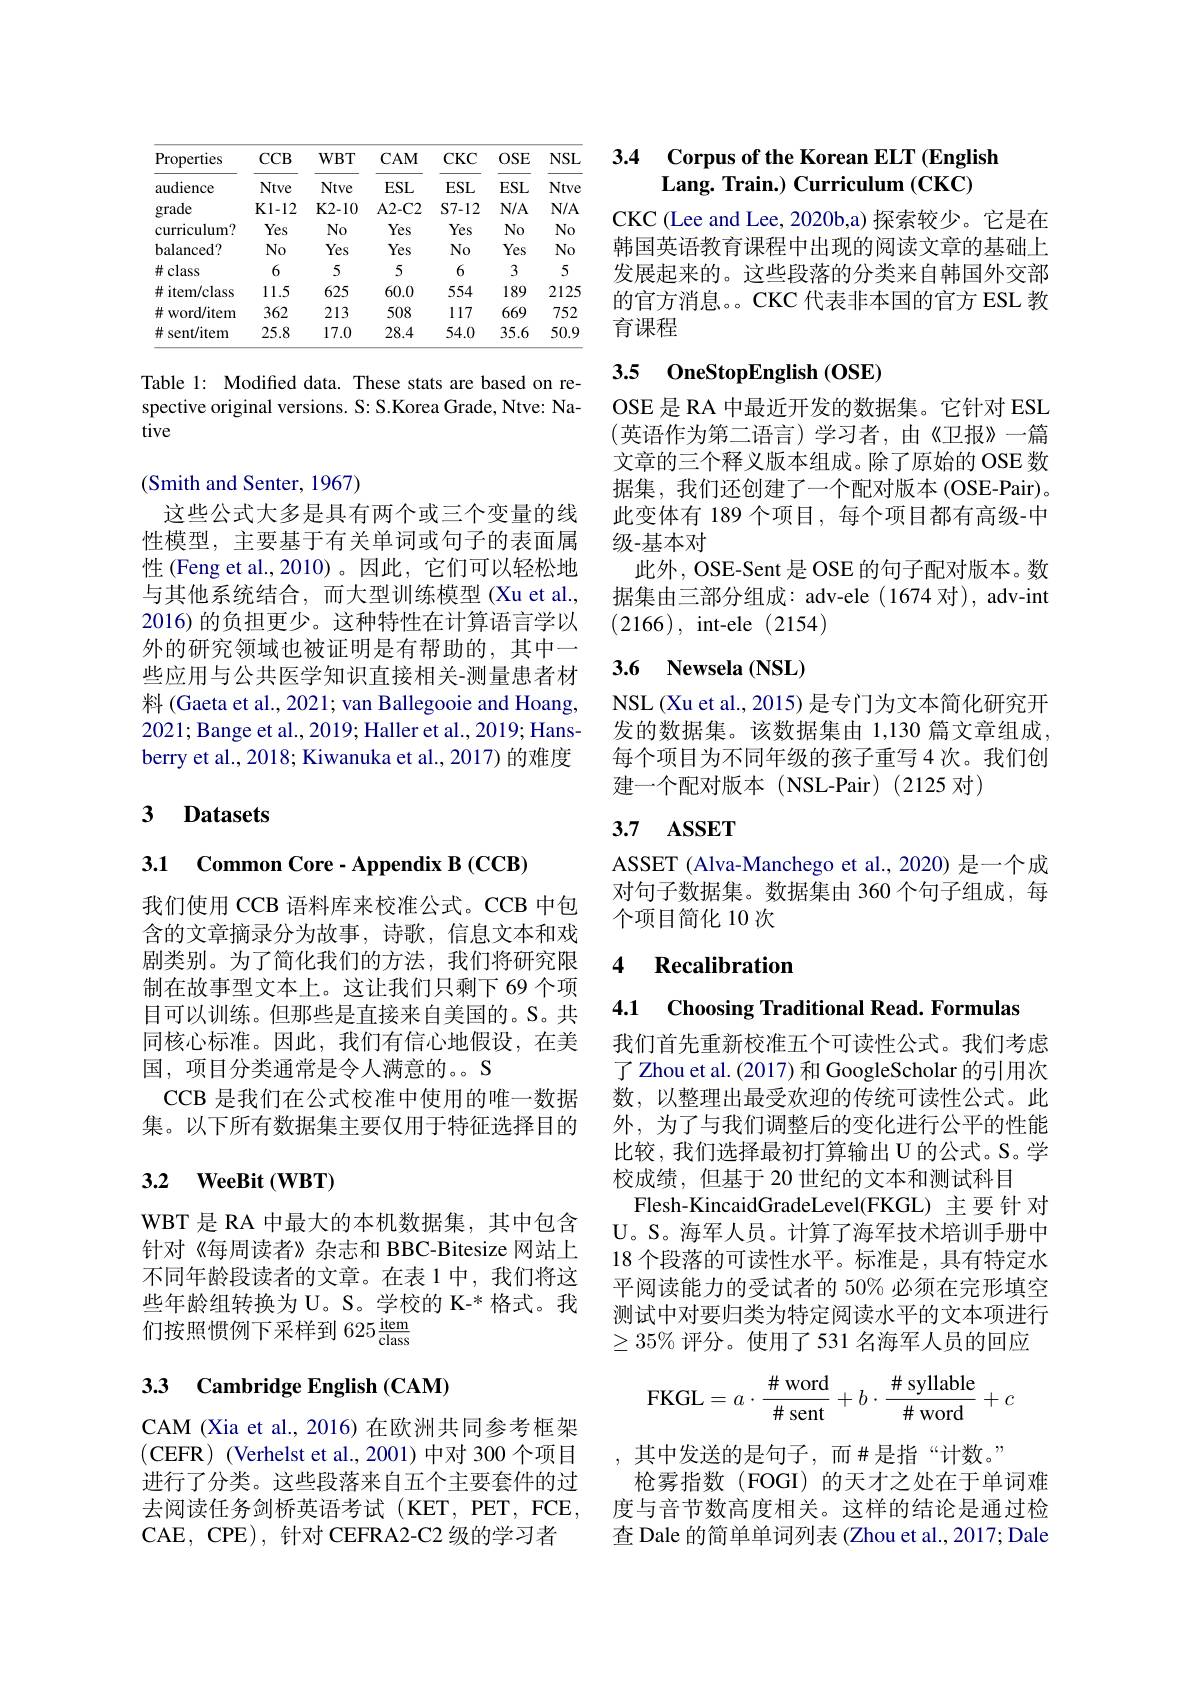
<table>
	<tbody>
		<tr>
			<th>Properties</th>
			<th>$CCB$</th>
			<th>$WBT$</th>
			<th>$CAM$</th>
			<th>$CKC$</th>
			<th>$OSE$</th>
			<th>$NSL$</th>
		</tr>
		<tr>
			<td>audience</td>
			<td>Ntve</td>
			<td>Ntve</td>
			<td>$ESL$</td>
			<td>$ESL$</td>
			<td>ESL</td>
			<td>Ntve</td>
		</tr>
		<tr>
			<td>grade</td>
			<td>$K1-12$</td>
			<td>K2- 10</td>
			<td>$A2-C2$</td>
			<td>$S7-12$</td>
			<td>$N/A$</td>
			<td>$N/A$</td>
		</tr>
		<tr>
			<td>curriculum?</td>
			<td>Yes</td>
			<td>$No$</td>
			<td>Yes</td>
			<td>Yes</td>
			<td>$No$</td>
			<td>$No$</td>
		</tr>
		<tr>
			<td>balanced?</td>
			<td>$No$</td>
			<td>Yes</td>
			<td>Yes</td>
			<td>$No$</td>
			<td>Yes</td>
			<td>$No$</td>
		</tr>
		<tr>
			<td>$\#class$</td>
			<td>6</td>
			<td>5</td>
			<td>5</td>
			<td>6</td>
			<td>3</td>
			<td>5</td>
		</tr>
		<tr>
			<td>井 i item/class</td>
			<td>11.5</td>
			<td>625</td>
			<td>60.0</td>
			<td>554</td>
			<td>189</td>
			<td>2125</td>
		</tr>
		<tr>
			<td>井 word/item</td>
			<td>362</td>
			<td>213</td>
			<td>508</td>
			<td>117</td>
			<td>669</td>
			<td>752</td>
		</tr>
		<tr>
			<td>井 sent/item</td>
			<td>25.8</td>
			<td>17.0</td>
			<td>28.4</td>
			<td>54.0</td>
			<td>35.6</td>
			<td>50.9</td>
		</tr>
	</tbody>
</table>

Table 1: Modified data. These stats are based on respective original versions. S: S.Korea Grade, Ntve: Native

## (Smith and Senter, 1967)

这些公式大多是具有两个或三个变量的线性模型，主要基于有关单词或句子的表面属性 (Feng et al.,2010)。因此，它们可以轻松地与其他系统结合，而大型训练模型 (Xu et al., 2016) 的负担更少。这种特性在计算语言学以外的研究领域也被证明是有帮助的，其中一些应用与公共医学知识直接相关-测量患者材料 (Gaeta et al., 2021; van Ballegooie and Hoang, 2021; Bange et al., 2019; Haller et al., 2019; Hansberry et al., 2018; Kiwanuka et al., 2017) 的难度

## 3 Datasets

3.1 Common Core - Appendix B (CCB)

我们使用 CCB 语料库来校准公式。CCB 中包含的文章摘录分为故事，诗歌，信息文本和戏剧类别。为了简化我们的方法，我们将研究限制在故事型文本上。这让我们只剩下 69 个项目可以训练。但那些是直接来自美国的。S。共同核心标准。因此，我们有信心地假设，在美国，项目分类通常是令人满意的。S
CCB 是我们在公式校准中使用的唯一数据集。以下所有数据集主要仅用于特征选择目的

## 3.2 WeeBit (WBT)

WBT 是 RA 中最大的本机数据集，其中包含针对《每周读者》杂志和 BBC-Bitesize 网站上不同年龄段读者的文章。在表 1 中，我们将这些年龄组转换为 U。S。学校的 K-* 格式。我们按照惯例下采样到$625\frac\mathrm{item}{\mathrm{class}}$

## 33 Cambridge English (CAM)

CAM (Xia et al., 2016) 在欧洲共同参考框架(CEFR)(Verhelst et al.,2001)中对 300个项目进行了分类。这些段落来自五个主要套件的过去阅读任务剑桥英语考试(KET,PET,FCE, CAE, CPE), 针对 CEFRA2-C2 级的学习者

## 3.4 Corpus of the Korean ELT (English $\textbf{Lang. Train. ) Curriculum }( \mathbf{CKC})$

CKC (Lee and Lee, 2020b,a) 探索较少。它是在韩国英语教育课程中出现的阅读文章的基础上发展起来的。这些段落的分类来自韩国外交部的官方消息。。CKC 代表非本国的官方 ESL 教育课程

## 3.5 0neStopEnglish (OSE)

OSE 是 RA 中最近开发的数据集。它针对 ESL (英语作为第二语言)学习者，由《卫报》一篇文章的三个释义版本组成。除了原始的 OSE 数据集，我们还创建了一个配对版本(OSE-Pair)。此变体有 189 个项目，每个项目都有高级-中级-基本对
此外，OSE-Sent 是 OSE 的句子配对版本。数据集由三部分组成：adv-ele (1674 对), adv-int (2166),int-ele(2154)

## 3.6 Newsela(NSL)

NSL (Xu et al., 2015) 是专门为文本简化研究开发的数据集。该数据集由 1,130 篇文章组成每个项目为不同年级的孩子重写 4 次。我们创建一个配对版本(NSL-Pair)(2125 对)

## 3.7 ASSET

ASSET (Alva-Manchego et al., 2020) 是一个成对句子数据集。数据集由 360 个句子组成，每个项目简化 10 次

### 4 $\textbf{Recalibration}$

4.1 Choosing Traditional Read. Formulas

我们首先重新校准五个可读性公式。我们考虑了 Zhou et al. (2017) 和 GoogleScholar 的引用次数，以整理出最受欢迎的传统可读性公式。此外，为了与我们调整后的变化进行公平的性能比较，我们选择最初打算输出 U 的公式。S。学校成绩，但基于 20 世纪的文本和测试科目
Flesh-KincaidGradeLevel(FKGL) 主要针 对U。S。海军人员。计算了海军技术培训手册中18 个段落的可读性水平。标准是，具有特定水平阅读能力的受试者的 50% 必须在完形填空测试中对要归类为特定阅读水平的文本项进行$\geq35\%$评分。使用了531 名海军人员的回应
$$\text{FKGL}=a\cdot\dfrac{\#\text{word}}{\#\text{sent}}+b\cdot\dfrac{\#\text{syllable}}{\#\text{word}}+c$$
,其中发送的是句子，而$\#$是指“计数。”
枪雾指数 (FOGI)的天才之处在于单词难度与音节数高度相关。这样的结论是通过检查 Dale 的简单单词列表 (Zhou et al., 2017; Dale